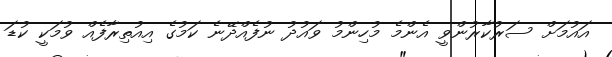
އައުމަށް ސަރުކާރުންވީ އެންމެ މުހިންމު ވައުދު ނުފެއްދޭނެ ކަމުގެ އިއުތިރާފެއް ވުމަކީ ކުޑަ